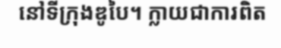
នៅទីក្រុងឌូបៃ។ ក្លាយជាការពិត